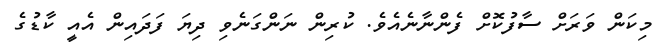
މިކަން ވަރަށް ސާފުކޮށް ފެންނާނެއެވެ. ކުރިން ނަންގަނެވި ދިޔަ ފަދައިން އެއީ ކާޑުގެ